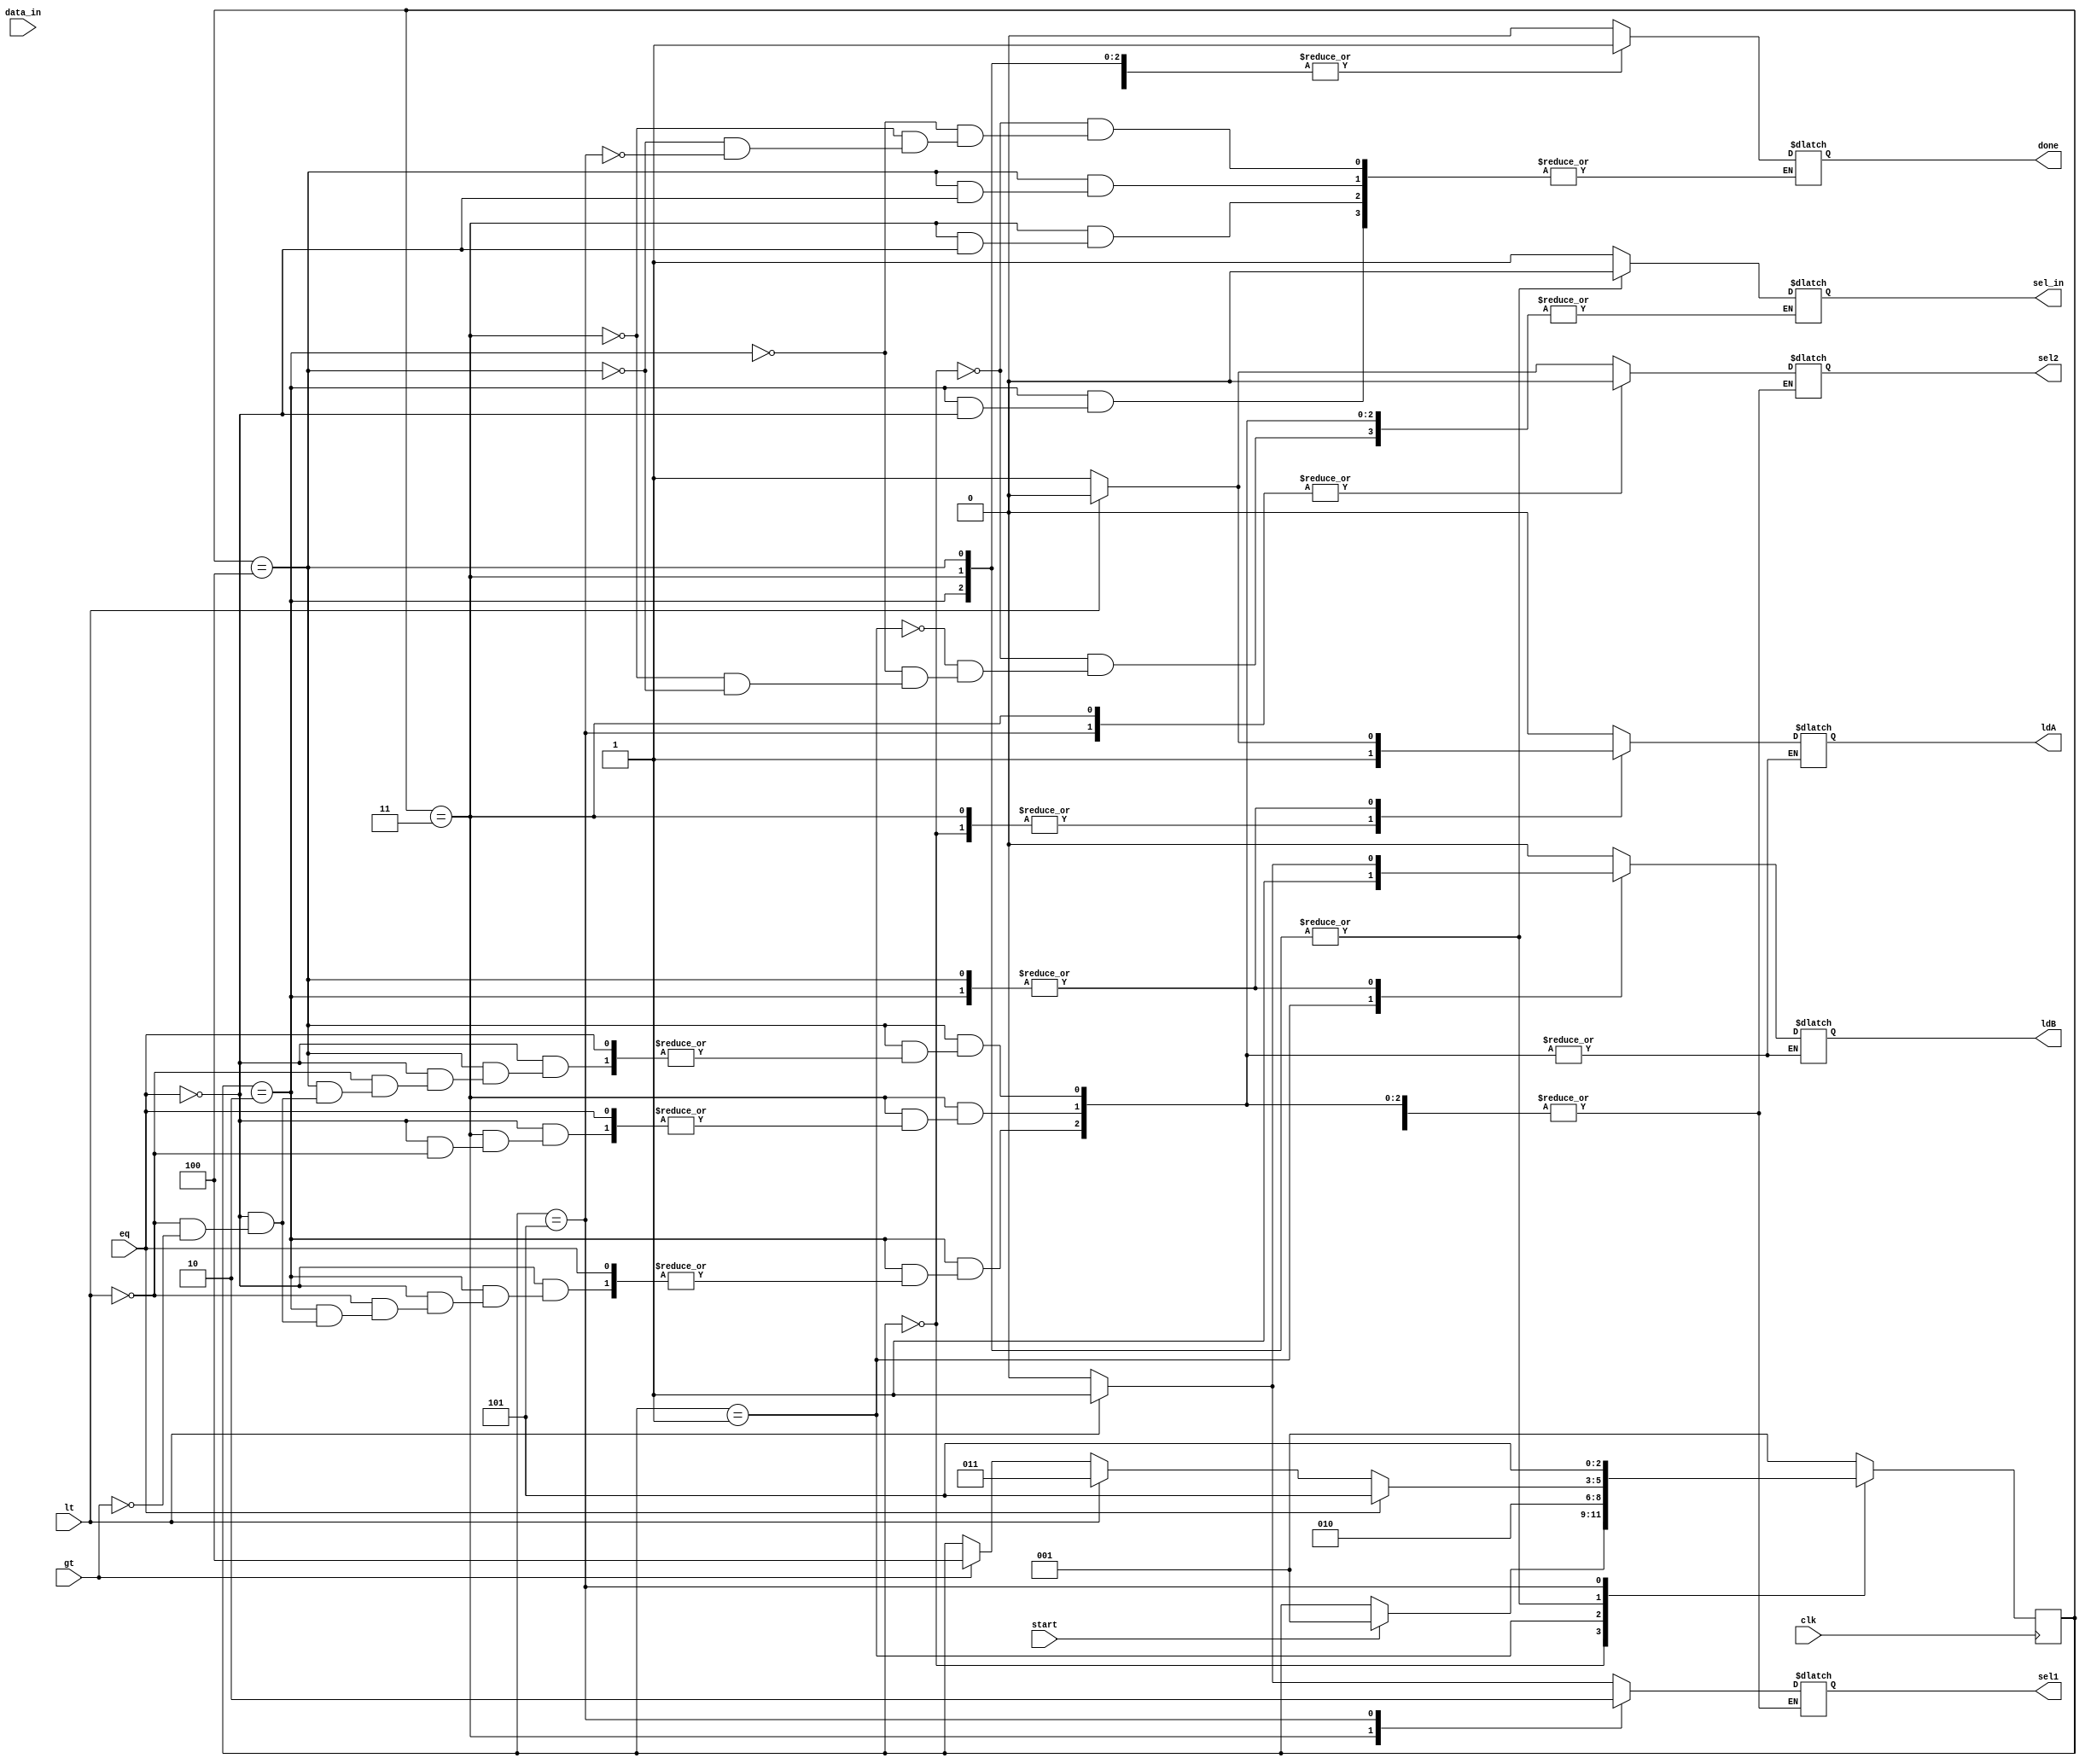
module GCD_controller(gt,lt,eq,ldA,ldB,sel1,sel2,sel_in,data_in,clk,done,start);
input[15:0]data_in;
input clk,gt,lt,eq,start;
output reg ldA,ldB,sel1,sel2,sel_in,done;
reg[2:0]state;
parameter S0=3'b000,S1=3'b001,S2=3'b010,S3=3'b011,S4=3'b100,S5=3'b101;

always@(posedge clk)
begin
case(state)
S0:if(start)state<=S1;
S1:state<=S2;
S2: #2 if(eq)state<=S5;
      else if(lt)state<=S3;
      else if(gt)state<=S4;
    
S3:#2 if(eq)state<=S5;
         else if(lt)state<=S3;
         else if(gt)state<=S4;
  
S4:#2 if(eq)state<=S5;
         else if(lt)state<=S3;
         else if(gt)state<=S4;
  
S5:state<=5;
default:state<=S1;
endcase
end 

always@(state)
begin
case(state)
S0:begin sel_in=1;ldA=1;ldB=0;done=0;end
S1:begin sel_in=1;ldA=0;ldB=1;end
S2:if(eq)done=1;
   else if(lt)begin
   sel1=1;sel2=0;sel_in=0;
  #1 ldA=0;ldB=1;
   end
   else if(gt)begin
   sel1=0;sel2=1;sel_in=0;
  #1 ldA=1;ldB=0;
   end
S3:if(eq)done=1;
   else if(lt)begin
   sel1=1;sel2=0;sel_in=0;
   #1 ldA=1;ldB=0;
   end
S4:if(eq)done=1;
   else if(lt)begin
   sel1=1;sel2=0;sel_in=0;
   #1 ldA=0;ldB=1;
   end
   else if (gt)begin
  sel1=0;sel2=1;sel_in=0;
  #1 ldA=1;ldB=0;
  end
S5:begin
   done=1;sel1=0;sel2=0;ldA=0;
   ldB=0;
   end
default:begin ldA=0;ldB=0;end
endcase
end
endmodule